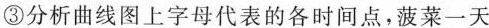
③分析曲线图上字母代表的各时间点，菠菜一天